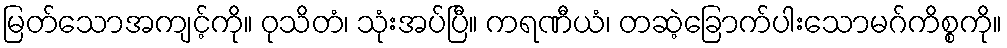
မြတ်သောအကျင့်ကို။ ဝုသိတံ၊ သုံးအပ်ပြီ။ ကရဏီယံ၊ တဆဲ့ခြောက်ပါးသောမဂ်ကိစ္စကို။